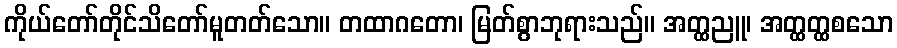
ကိုယ်တော်တိုင်သိတော်မူတတ်သော။ တထာဂတော၊ မြတ်စွာဘုရားသည်။ အတ္ထညူ၊ အတ္ထတ္ထစသော